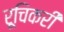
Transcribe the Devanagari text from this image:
रूचिकरी